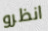
انظرو